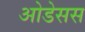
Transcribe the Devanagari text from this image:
ओडेसस